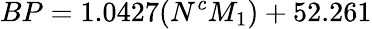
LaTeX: BP=1.0427(N^{c}M_{1})+52.261